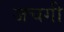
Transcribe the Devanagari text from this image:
जचगी